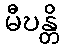
မီဎန္တိ